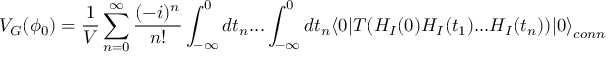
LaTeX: V _ { G } ( \phi _ { 0 } ) = { \frac { 1 } { V } } \sum _ { n = 0 } ^ { \infty } \frac { ( - i ) ^ { n } } { n ! } \int _ { - \infty } ^ { 0 } d t _ { n } . . . \int _ { - \infty } ^ { 0 } d t _ { n } \langle 0 | T ( H _ { I } ( 0 ) H _ { I } ( t _ { 1 } ) . . . H _ { I } ( t _ { n } ) ) | 0 { \rangle } _ { c o n n }